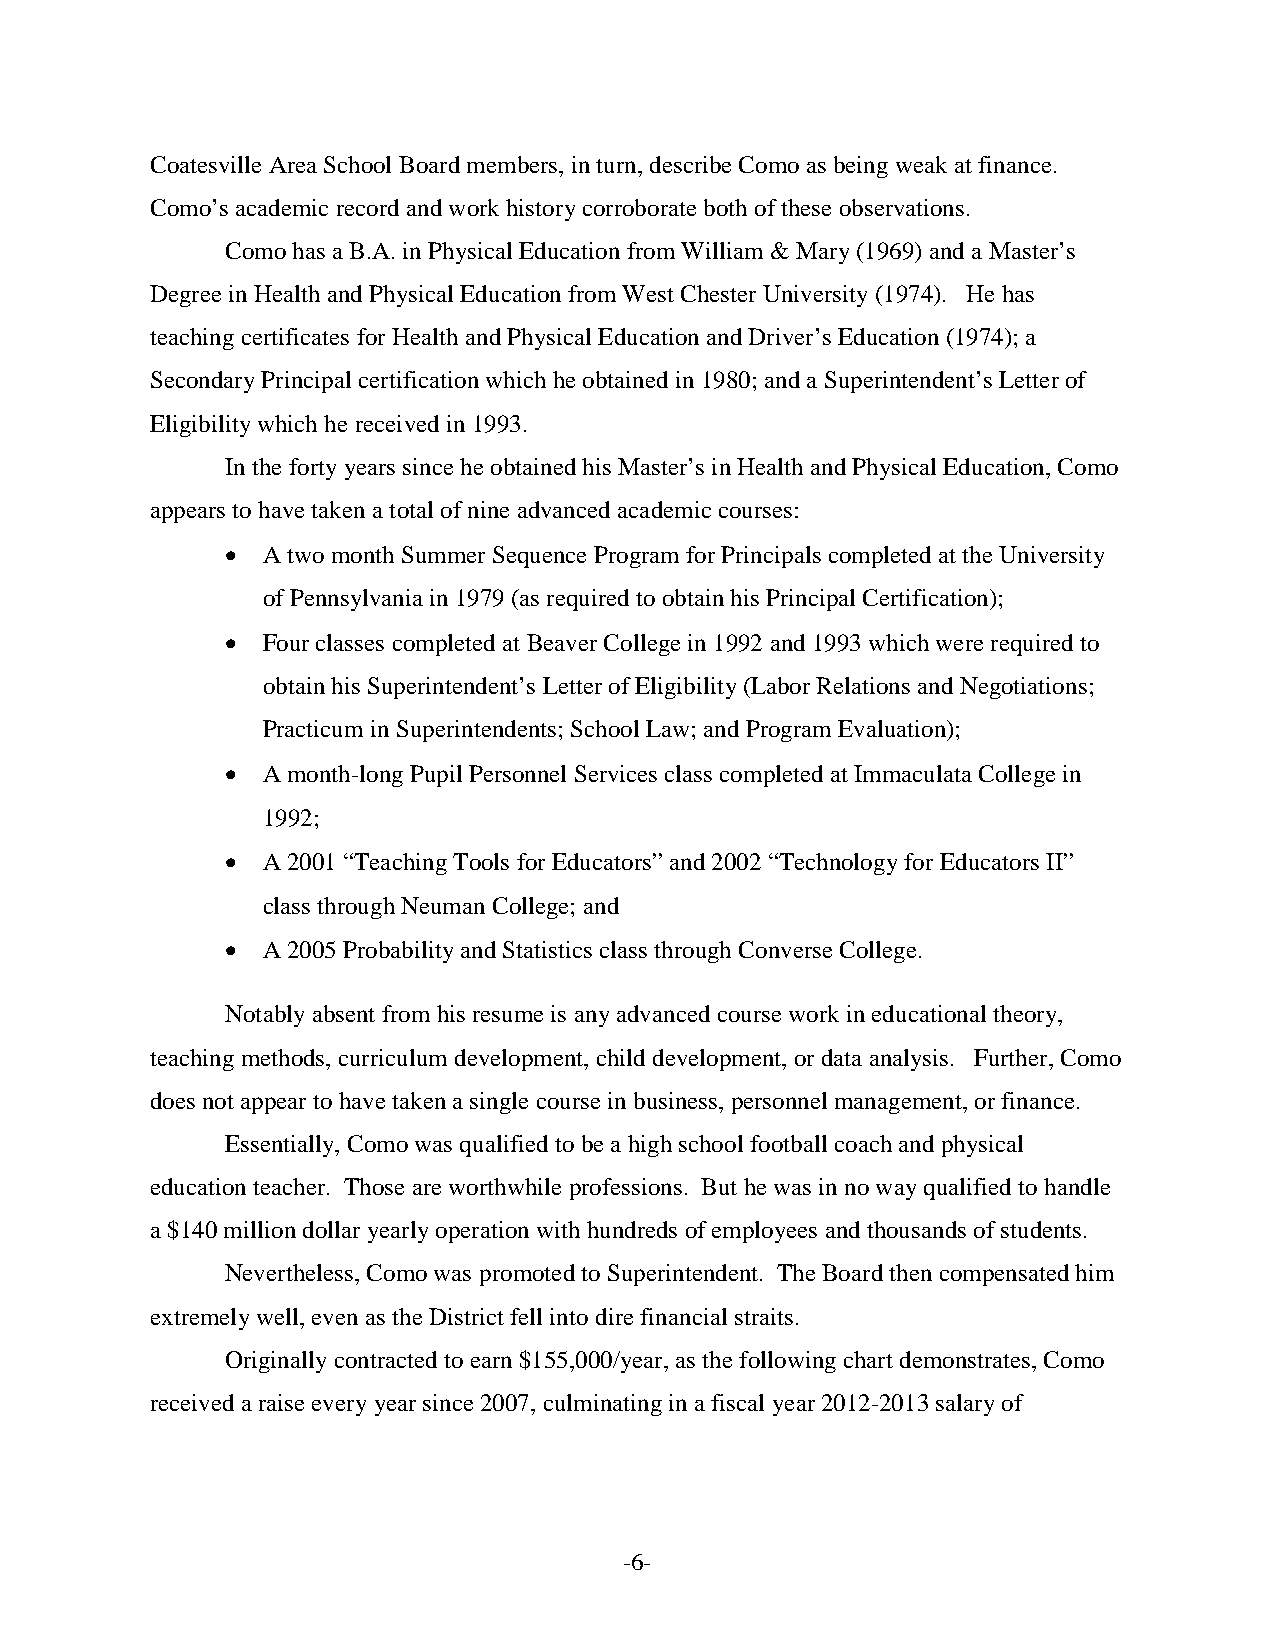
Coatesville Area School Board members, in turn, describe Como as being weak at finance.
 Como’s academic record and work history corroborate both of these observations.
 Como has a B.A. in Physical Education from William & Mary (1969) and a Master’s
 Degree in Health and Physical Education from West Chester University (1974). He has
 teaching certificates for Health and Physical Education and Driver’s Education (1974); a
 Secondary Principal certification which he obtained in 1980; and a Superintendent’s Letter of
 Eligibility which he received in 1993.
 In the forty years since he obtained his Master’s in Health and Physical Education, Como
 appears to have taken a total of nine advanced academic courses:
 • A two month Summer Sequence Program for Principals completed at the University
 of Pennsylvania in 1979 (as required to obtain his Principal Certification);
 • Four classes completed at Beaver College in 1992 and 1993 which were required to
 obtain his Superintendent’s Letter of Eligibility (Labor Relations and Negotiations;
 Practicum in Superintendents; School Law; and Program Evaluation);
 • A month-long Pupil Personnel Services class completed at Immaculata College in
 1992;
 • A 2001 “Teaching Tools for Educators” and 2002 “Technology for Educators II”
 class through Neuman College; and
 • A 2005 Probability and Statistics class through Converse College.
 Notably absent from his resume is any advanced course work in educational theory,
 teaching methods, curriculum development, child development, or data analysis. Further, Como
 does not appear to have taken a single course in business, personnel management, or finance.
 Essentially, Como was qualified to be a high school football coach and physical
 education teacher. Those are worthwhile professions. But he was in no way qualified to handle
 a $140 million dollar yearly operation with hundreds of employees and thousands of students.
 Nevertheless, Como was promoted to Superintendent. The Board then compensated him
 extremely well, even as the District fell into dire financial straits.
 Originally contracted to earn $155,000/year, as the following chart demonstrates, Como
 received a raise every year since 2007, culminating in a fiscal year 2012-2013 salary of
 -6-